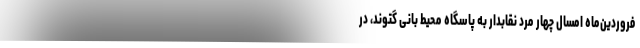
فروردین‌ماه امسال چهار مرد نقابدار به پاسگاه محیط‌ بانی گتوند، در